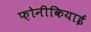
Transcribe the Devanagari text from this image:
फ़ोनीकियाई